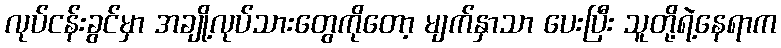
လုပ်ငန်းခွင်မှာ အချို့လုပ်သားတွေကိုတော့ မျက်နှာသာ ပေးပြီး သူတို့ရဲ့နေရာက